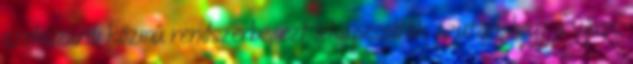
szekszárdi közmű rendszerbe, ezt lekapcsolták azután, hogy a város